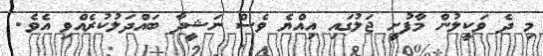
މި ދެ ވަކީލުން މާފުށީ ޖަލުގައި އިއްޔެ ވެސް ނަޝީދާ ބައްދަލުކުރެއްވި އެވެ.